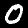
Digit: 0